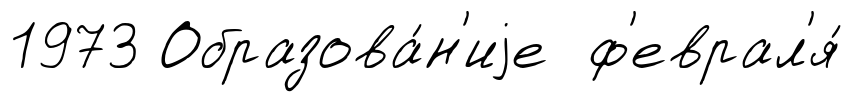
1973 Образова́н'иjе ф'еврал'я́